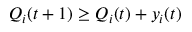
Q _ { i } ( t + 1 ) \geq Q _ { i } ( t ) + y _ { i } ( t )